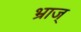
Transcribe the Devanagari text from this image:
भ्राज्